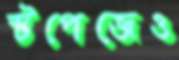
স্টপেজেও